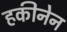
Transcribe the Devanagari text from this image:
हकीनेन